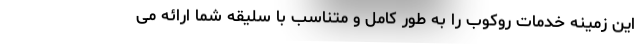
این زمینه خدمات روکوب را به طور کامل و متناسب با سلیقه شما ارائه می